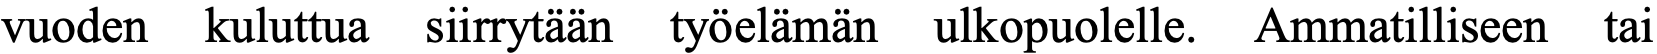
vuoden kuluttua siirrytään työelämän ulkopuolelle. Ammatilliseen tai